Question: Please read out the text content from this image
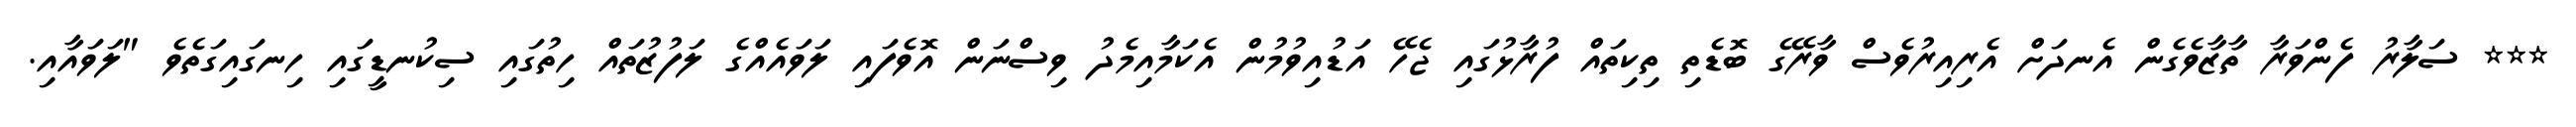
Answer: *** ސަލާރު ފެންވަރާ ތާޒާވެގެން އެނދަށް އެރިއިރުވެސް ވާރޭގެ ބޮޑެތި ތިކިތައް ފުރާޅުގައި ޖެހޭ އަޑުއިވުމުން އެކަމާއިމެދު ވިސްނަން އޮވެފައި ލަވައެއްގެ ލަފުޒުތައް ހިތުގައި ސިކުނޑީގައި ހިނގައިގަތެވެ "ލަވައާއި.